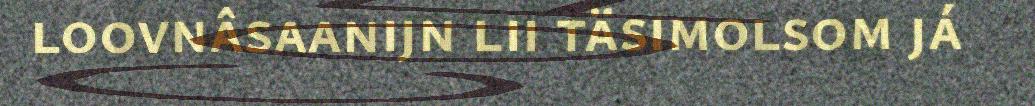
loovnâsaanijn lii täsimolsom já